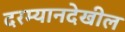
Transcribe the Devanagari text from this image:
दरम्यानदेखील